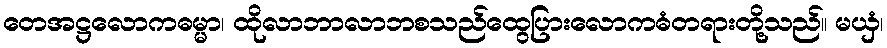
တေအဋ္ဌလောကဓမ္မာ၊ ထိုလာဘာလာဘစသည်ထွေပြားလောကဓံတရားတို့သည်။ မယှံ၊